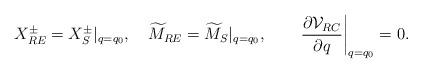
LaTeX: \begin{align*}X_{RE}^\pm=X_S^\pm|_{q=q_0},\quad\widetilde{M}_{RE}=\widetilde{M}_S|_{q=q_0},\qquad\left.{\partial{\cal V}_{RC}\over{\partial q}}\right|_{q=q_0}=0.\end{align*}